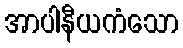
အာပါနီယကံသော